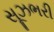
સૂઝભરી